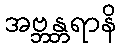
အဗ္ဘန္တရာနိ